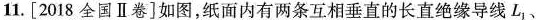
11.[2018全国Ⅱ卷]如图，纸面内有两条互相垂直的长直绝缘导线L_{1}、